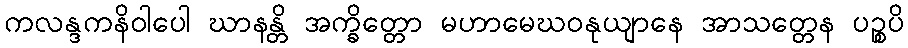
ကလန္ဒကနိဝါပေါ ဃာနန္တိ အက္ခိတ္တော မဟာမေဃဝနုယျာနေ အာသတ္တေန ပဉ္စပိ